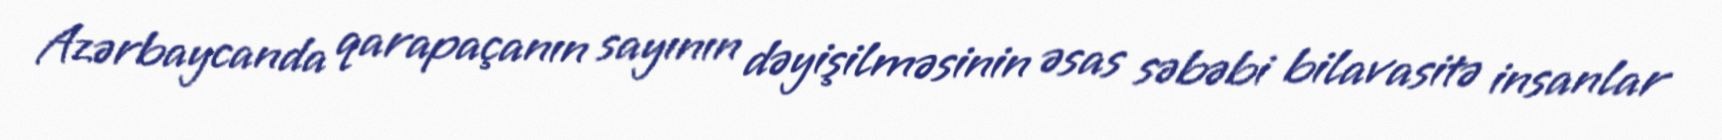
Azərbaycanda qarapaçanın sayının dəyişilməsinin əsas səbəbi bilavasitə insanlar